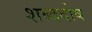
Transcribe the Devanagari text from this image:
शब्ददोष